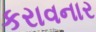
કરાવનાર